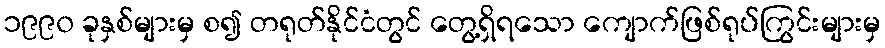
၁၉၉၀ ခုနှစ်များမှ စ၍ တရုတ်နိုင်ငံတွင် တွေ့ရှိရသော ကျောက်ဖြစ်ရုပ်ကြွင်းများမှ